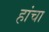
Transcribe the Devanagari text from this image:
हांचा